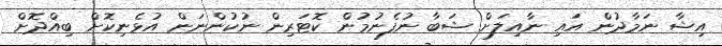
އިޝާ ނަމާދުން އައި ނާއިލަށް ޝަބާ ނުފެނުމުން ކޮޓަރިން ނުކުންނަން އުޅެނިކޮށް ބިއްދޮށް